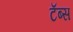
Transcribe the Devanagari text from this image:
टॅब्स